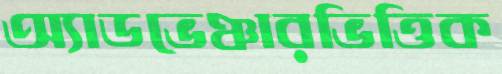
অ্যাডভেঞ্চারভিত্তিক